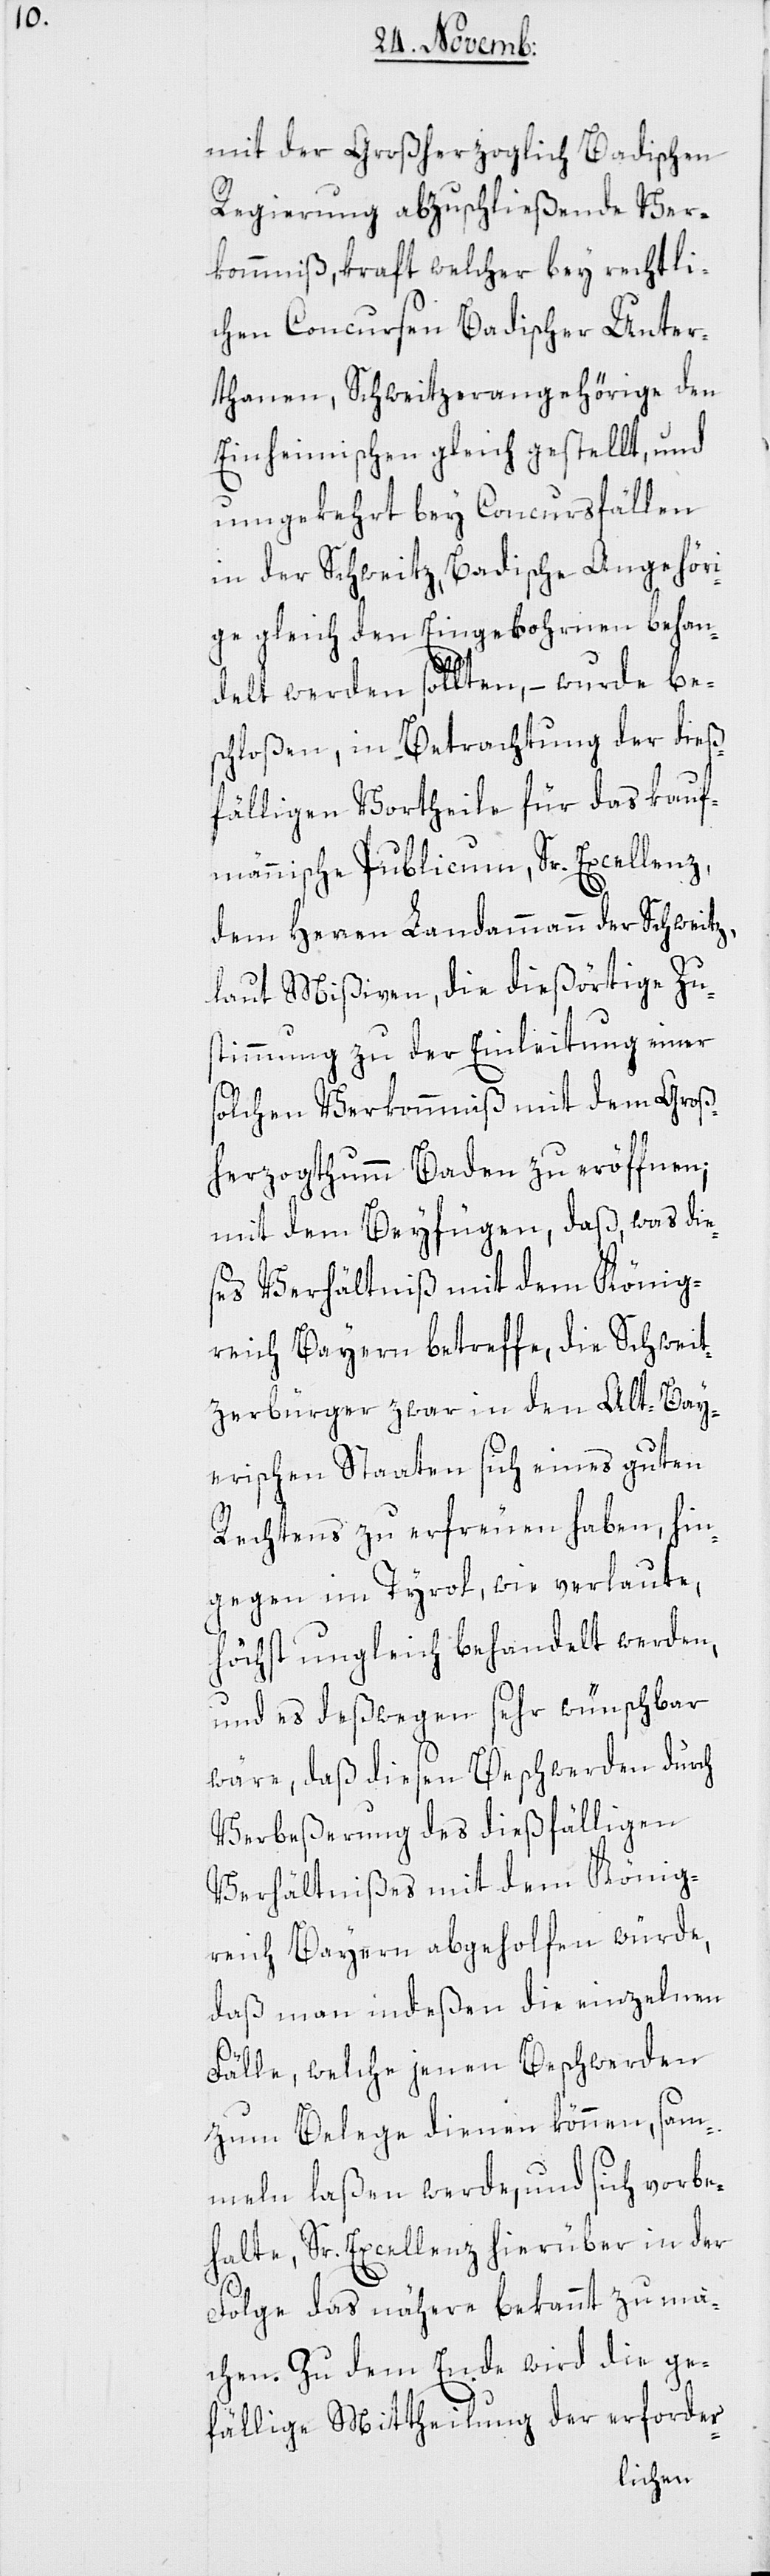
mit der Großherzoglich Badischen
Regierung abzuschließende Ver¬
kommniß, kraft welcher bey rechtli¬
chen Concursen Badischer Unter¬
thanen, Schweitzer Angehörige den
Einheimischen gleich gestellt, und
umgekehrt bey Concursfällen
in der Schweitz, Badische Angehöri¬
ge gleich den Eingebohrnen behan¬
delt werden sollten, – wurde be¬
schloßen, in Betrachtung der dieß¬
fälligen Vortheile für das kauf¬
männische Publicum, Sr. Excellenz,
dem Herren Landammann der Schweitz,
laut Mißiven, die dießörtige Zu¬
stimmung zu der Einleitung einer
solchen Verkommniß mit dem Groß¬
herzogthum Baden zu eröffnen;
mit dem Beyfügen, daß, was die¬
ses Verhältniß mit dem König¬
reich Bayern betreffe, die Schweit¬
zerbürger zwar in den Atl-Bay¬
erischen Staaten sich eines guten
Rechtens zu erfreuen haben, hin¬
gegen im Tyrol, wie verlaute,
höchst ungleich behandelt werden,
und es deßwegen sehr wünschbar
wäre, daß diesen Beschwerden durch
Verbeßerung des dießfälligen
Verhältnißes mit dem König¬
reich Bayern abgeholfen würde,
daß man indeßen die einzelnen
Fälle, welche jenen Beschwerden
zum Belege dienen können, sam¬
meln laßen werde, und sich vorbe¬
halte, Sr. Excellenz hierüber in der
Folge das nähere bekannt zu ma¬
chen. Zu dem Ende wird die ge¬
fällige Mittheilung der erforder-